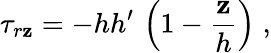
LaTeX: \tau_{r\mathbf{z}}=-hh^{\prime}\, \left(1-\frac{{\mathbf{z}}}{{h}}\right)\; ,